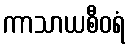
ကာသာယစီဝရံ